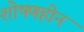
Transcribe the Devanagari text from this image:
शोषणहीन